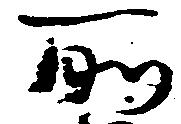
所